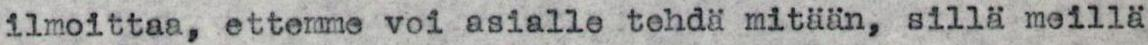
ilmoittaa, ettemme voi asialle tehdä mitään, sillä meillä